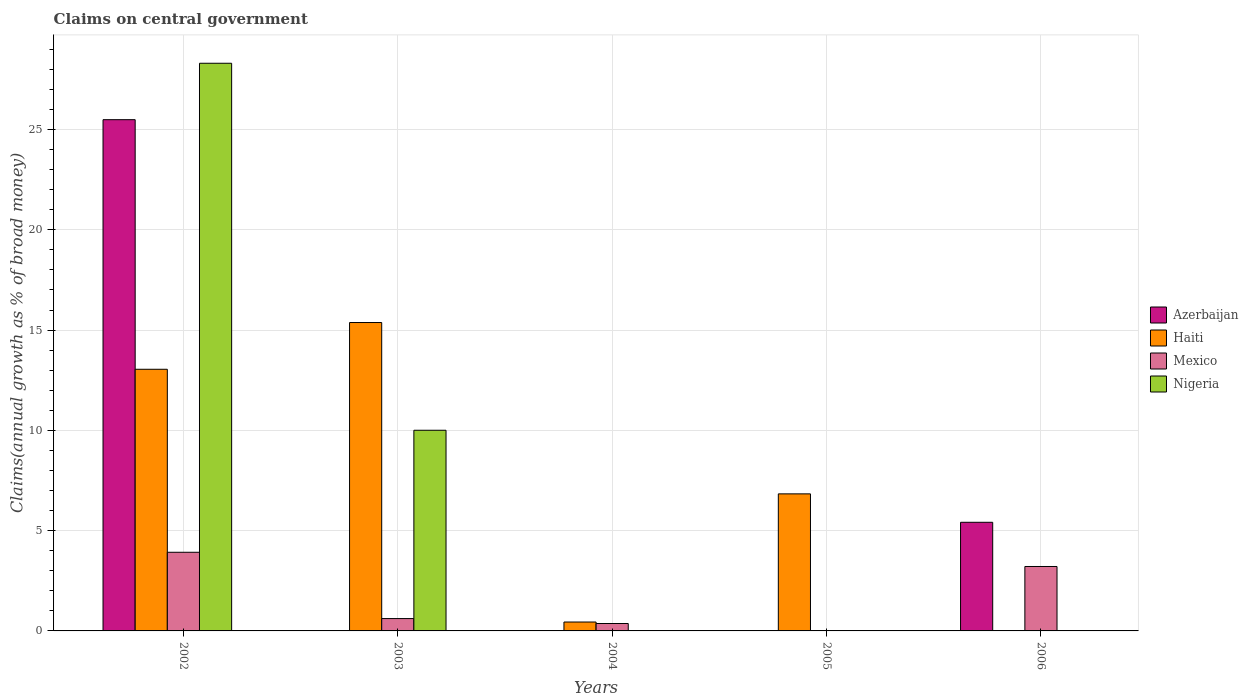
| Years | Azerbaijan | Haiti | Mexico | Nigeria |
 | --- | --- | --- | --- | --- |
 | 2002 | 25.5 | 13 | 3.92 | 28.3 |
 | 2003 | -3.61 | 15.4 | 0.616 | 10 |
 | 2004 | -9.33 | 0.444 | 0.37 | -45.3 |
 | 2005 | -2.9 | 6.83 | -3.99 | -26.5 |
 | 2006 | 5.42 | -4.15 | 3.21 | -37.3 |